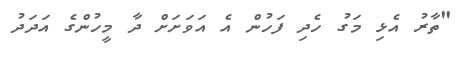
"ތާރު އެޅި މަގު ހެދި ފަހުން އެ އަވަށަށް ދާ މީހުންގެ އަދަދު